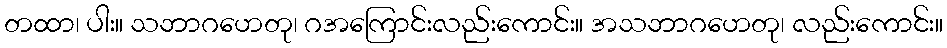
တထာ၊ ပါး။ သဘာဂဟေတု၊ ဂအကြောင်းလည်းကောင်း။ အသဘာဂဟေတု၊ လည်းကောင်း။